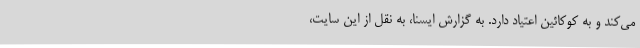
می‌کند و به کوکائین اعتیاد دارد. به گزارش ایسنا، به نقل از این سایت،